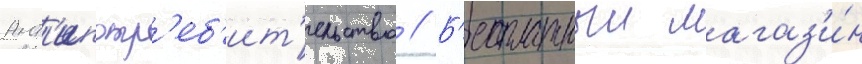
Ант'ипотр'еб'ит'ельство // Б'есплатныи магаз'и́н